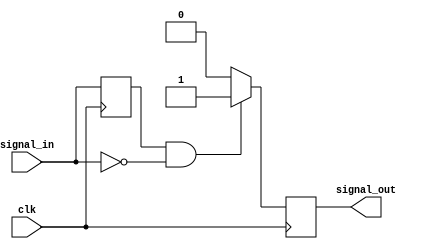
module negative_edge_detector (
    input wire clk,            // Clock signal
    input wire signal_in,     // Input signal to be monitored
    output reg signal_out      // Output signal indicating a negative edge
);

// Internal signals for storing previous state
reg previous_state;

// Process to detect negative edge
always @(posedge clk) begin
    // Sample the input signal into previous_state
    previous_state <= signal_in;

    // Check for negative edge
    if (previous_state == 1'b1 && signal_in == 1'b0) begin
        signal_out <= 1'b1; // Set output high for one clock cycle
    end else begin
        signal_out <= 1'b0; // Otherwise, set output low
    end
end

endmodule